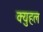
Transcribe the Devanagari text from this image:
क्युहल